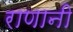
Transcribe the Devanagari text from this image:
राणानी